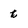
Character: t